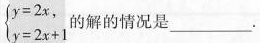
$$\begin { cases } y = 2 x , \\ y = 2 x + 1 \end { cases }$$.的解的情况是___.